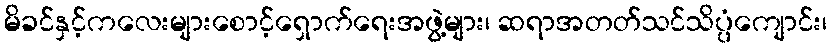
မိခင်နှင့်ကလေးများစောင့်ရှောက်ရေးအဖွဲ့များ၊ ဆရာအတတ်သင်သိပ္ပံကျောင်း၊